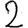
Digit: 2